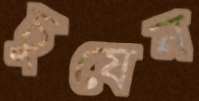
চুষেন